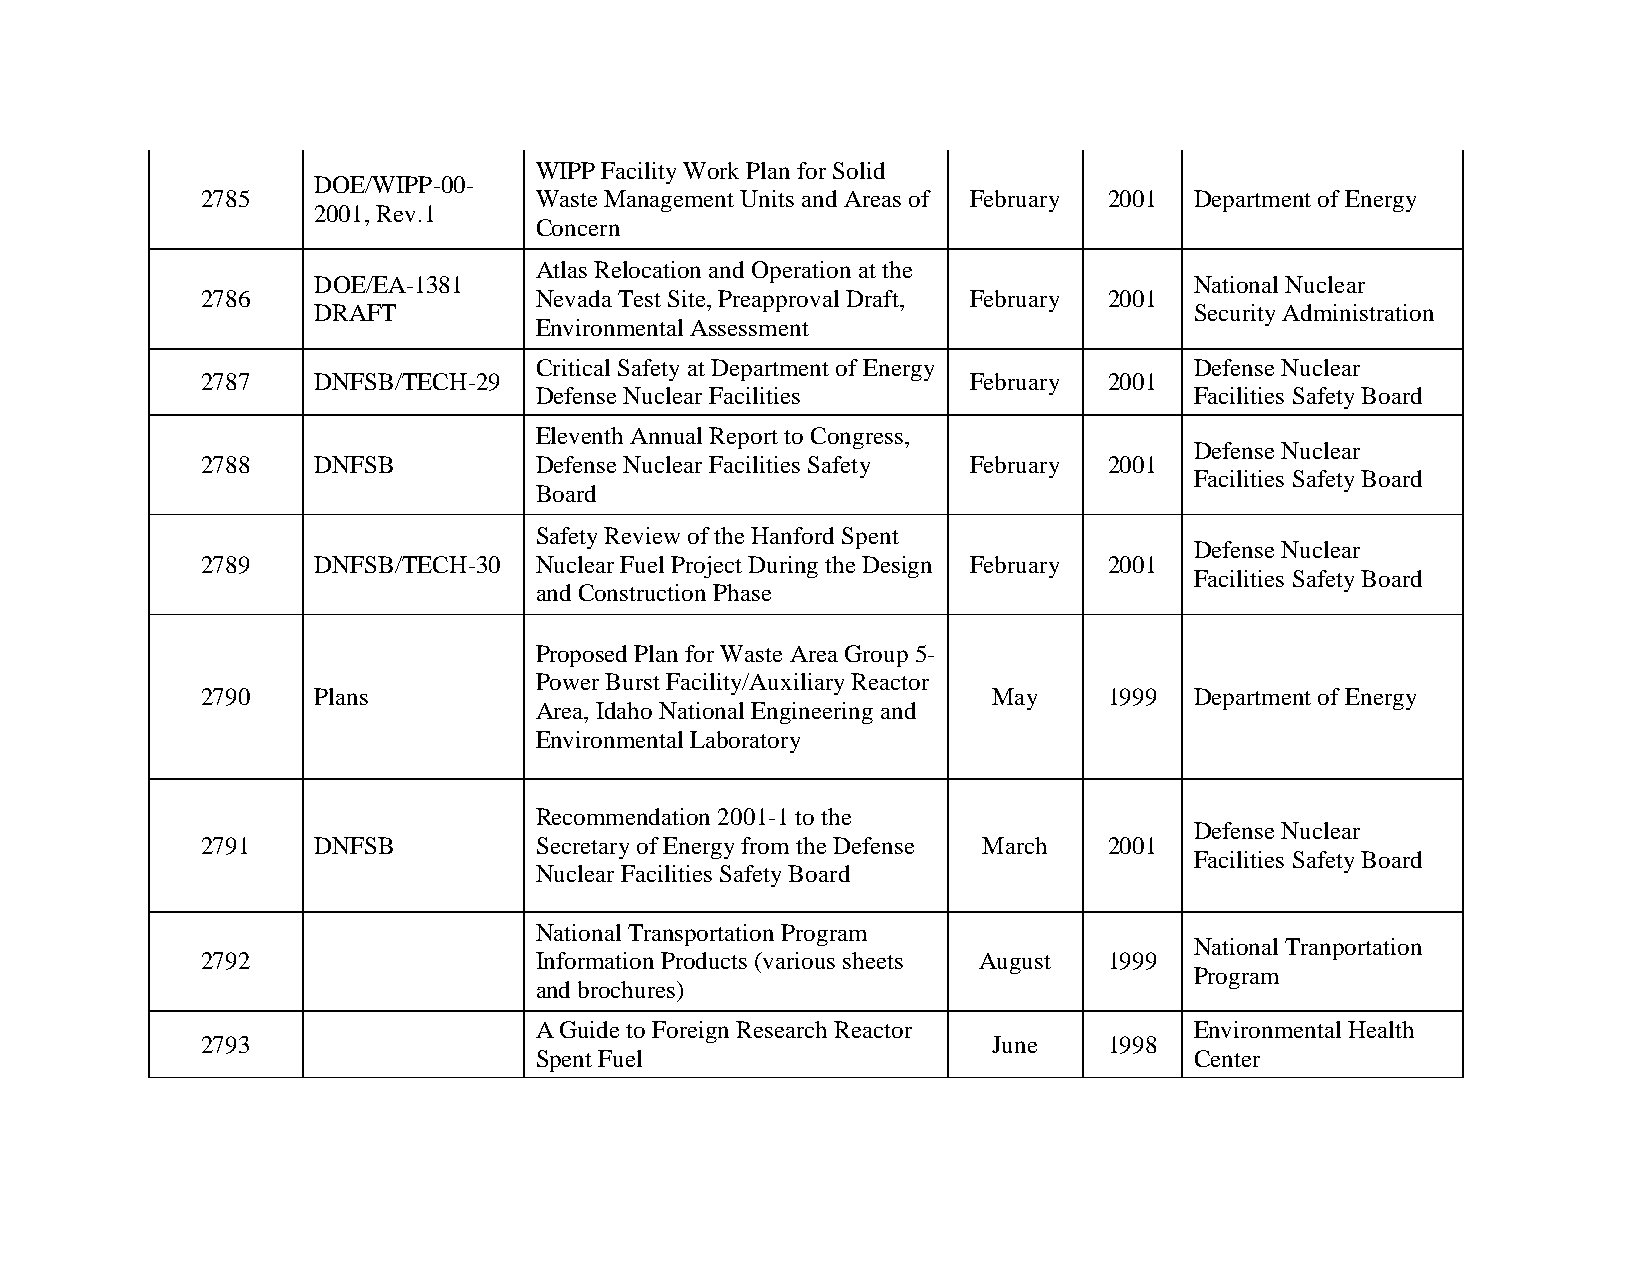
WIPP Facility Work Plan for Solid
 DOE/WIPP-00-
 2785                  Waste Management Units and Areas of February 2001 Department of Energy
 2001, Rev.1
 Concern
 Atlas Relocation and Operation at the
 DOE/EA-1381                                               National Nuclear
 2786                  Nevada Test Site, Preapproval Draft, February 2001
 DRAFT                                                     Security Administration
 Environmental Assessment
 Critical Safety at Department of Energy     Defense Nuclear
 2787    DNFSB/TECH-29                              February 2001
 Defense Nuclear Facilities                  Facilities Safety Board
 Eleventh Annual Report to Congress,
 Defense Nuclear
 2788    DNFSB         Defense Nuclear Facilities Safety February 2001
 Facilities Safety Board
 Board
 Safety Review of the Hanford Spent
 Defense Nuclear
 2789    DNFSB/TECH-30 Nuclear Fuel Project During the Design February 2001
 Facilities Safety Board
 and Construction Phase
 Proposed Plan for Waste Area Group 5-
 Power Burst Facility/Auxiliary Reactor
 2790    Plans                                        May    1999  Department of Energy
 Area, Idaho National Engineering and
 Environmental Laboratory
 Recommendation 2001-1 to the
 Defense Nuclear
 2791    DNFSB         Secretary of Energy from the Defense March 2001
 Facilities Safety Board
 Nuclear Facilities Safety Board
 National Transportation Program
 National Tranportation
 2792                  Information Products (various sheets August 1999
 Program
 and brochures)
 A Guide to Foreign Research Reactor         Environmental Health
 2793                                                 June   1998
 Spent Fuel                                  Center